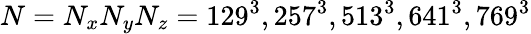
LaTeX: N=N_{x}N_{y}N_{z}=129^{3},257^{3},513^{3},641^{3},769^{3}